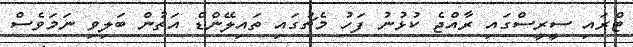
ޓްރައި ސީރީސްގައި ރާއްޖެ ކުޅުނު ފަހު މެޗުގައި ތައިލޭންޑް އަތުން ބަލިވި ނަމަވެސް